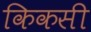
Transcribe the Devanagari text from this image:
किकसी